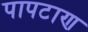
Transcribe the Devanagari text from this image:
पापटाण